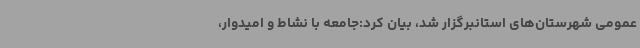
عمومی شهرستان‌های استانبرگزار شد، بیان کرد:جامعه با نشاط و امیدوار،